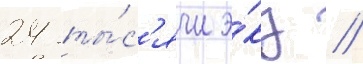
24 ты́с'ячи э́кз //